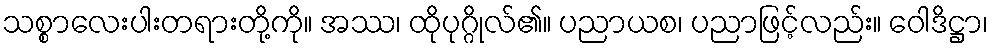
သစ္စာလေးပါးတရားတို့ကို။ အဿ၊ ထိုပုဂ္ဂိုလ်၏။ ပညာယစ၊ ပညာဖြင့်လည်း။ ဝေါဒိဋ္ဌာ၊